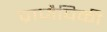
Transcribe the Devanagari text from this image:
प्राजैविकी